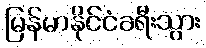
မြန်မာနိုင်ငံခရီးသွား